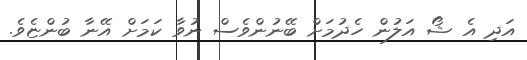
އަދި އެ ޝޯ އަލުން ހެދުމަށް ބޭނުންވެސް ނުވާ ކަމަށް އޭނާ ބުންޏެވެ.